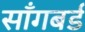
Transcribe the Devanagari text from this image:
साँगबर्ड